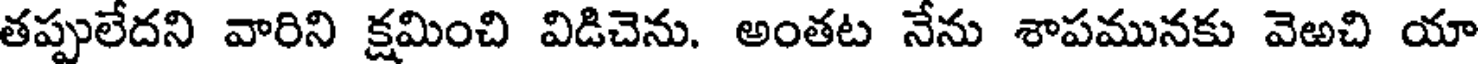
తప్పులేదని వారిని క్షమించి విడిచెను. అంతట నేను శాపమునకు వెఱచి యా